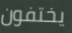
يختفون